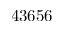
4 3 6 5 6